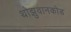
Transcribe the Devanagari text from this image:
थोझुवानकोड